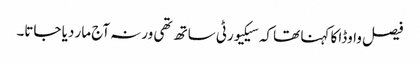
فیصل واوڈا کا کہنا تھا کہ سیکیورٹی ساتھ تھی ورنہ آج مار دیا جاتا۔